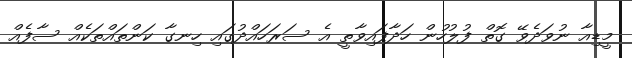
މީޑިއާ ނުވަދެވޭ ގޮތް ފުލުހުން ހަދާފައިވާތީ އެ ސަރަހައްދުގައި ހިނގާ ކަންތައްތަކެއް ސާފެއް